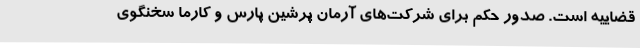
قضاییه‌ است. صدور حکم برای شرکت‌های آرمان پرشین پارس و کارما سخنگوی